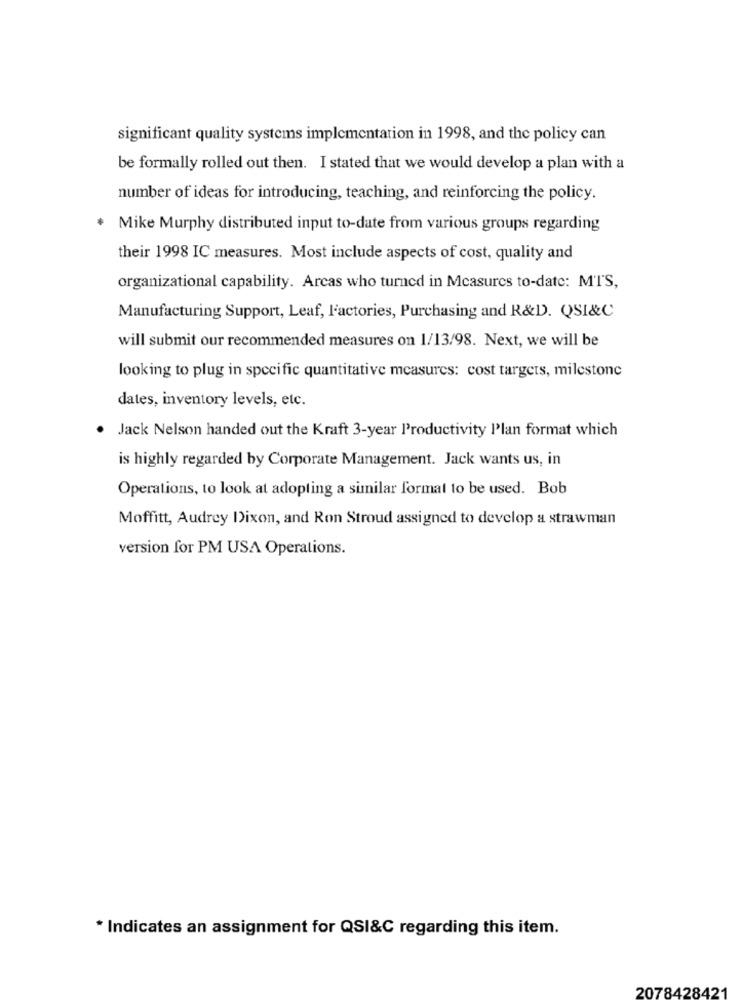
significant quality systems implementation in 1998, and the policy can
be formally rolled out then. I stated that we would develop a plan with a
number of ideas for introducing, teaching, and reinforcing the policy.
. Mike Murphy distributed input to-date from various groups regarding
their 1998 IC measures. Most include aspects of cost, quality and
organizational capability. Arcas who turned in Measures to-date: MTS,
Manufacturing Support, Leaf, Factories, Purchasing and R&D. QSI&C
will submit our recommended measures on 1/13/98. Next, we will be
looking to plug in specific quantitative measures: cost targets, milestone
dates, inventory levels, etc.
Jack Nelson handed out the Kraft 3-year Productivity Plan format which
.
is highly regarded by Corporate Management. Jack wants us, in
Operations, to look at adopting a similar format to be used. Bob
Moffitt, Audrey Dixon, and Ron Stroud assigned to develop a strawman
version for PM USA Operations.
* Indicates an assignment for QSI&C regarding this item.
2078428421